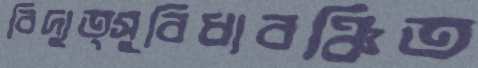
বিদ্যুত্সুবিধাবঞ্চিত